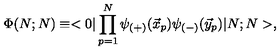
\Phi ( N ; N ) \equiv < 0 | \prod _ { p = 1 } ^ { N } \psi _ { ( + ) } ( \vec { x } _ { p } ) \psi _ { ( - ) } ( \vec { y } _ { p } ) | N ; N > ,